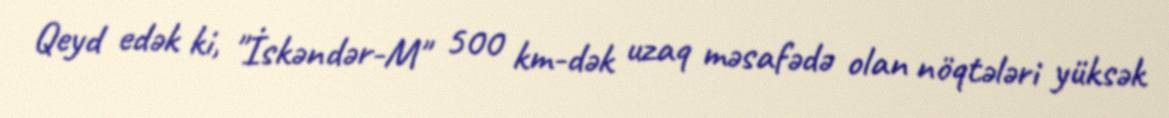
Qeyd edək ki, "İskəndər-M" 500 km-dək uzaq məsafədə olan nöqtələri yüksək